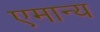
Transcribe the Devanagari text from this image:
एमान्य